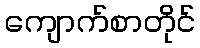
ကျောက်စာတိုင်